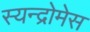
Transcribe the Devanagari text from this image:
स्यन्द्रोमेस